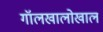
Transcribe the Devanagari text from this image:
गॉलखालोखाल